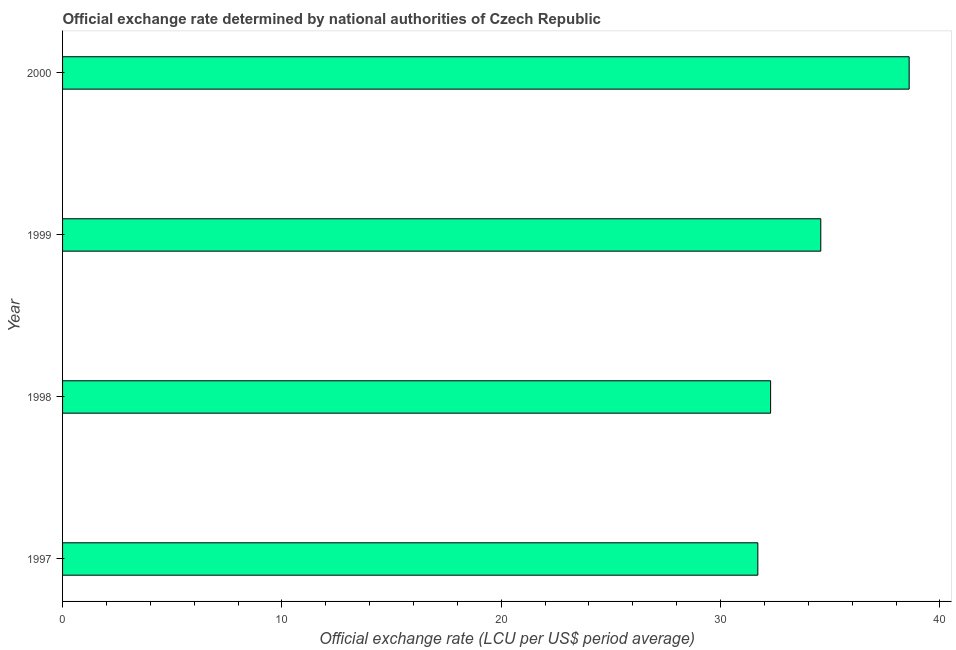
| Year | Official exchange rate |
 | --- | --- |
 | 1997 | 31.7 |
 | 1998 | 32.3 |
 | 1999 | 34.6 |
 | 2000 | 38.6 |